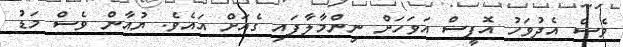
ވެސް އެދުވަހު އޮފީސް އަވަހަށް ނިންމާލާފައި ގެއަށް އައެވެ. ޔުއާން ވެސް މަޑު